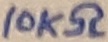
Text: 10KΩ